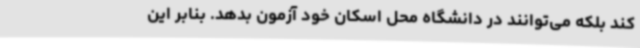
کند بلکه می‌توانند در دانشگاه محل اسکان خود آزمون بدهد. بنابر این